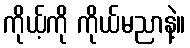
ကိုယ့်ကို ကိုယ်မညာနဲ့။